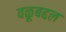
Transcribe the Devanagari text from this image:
वळूबद्दल